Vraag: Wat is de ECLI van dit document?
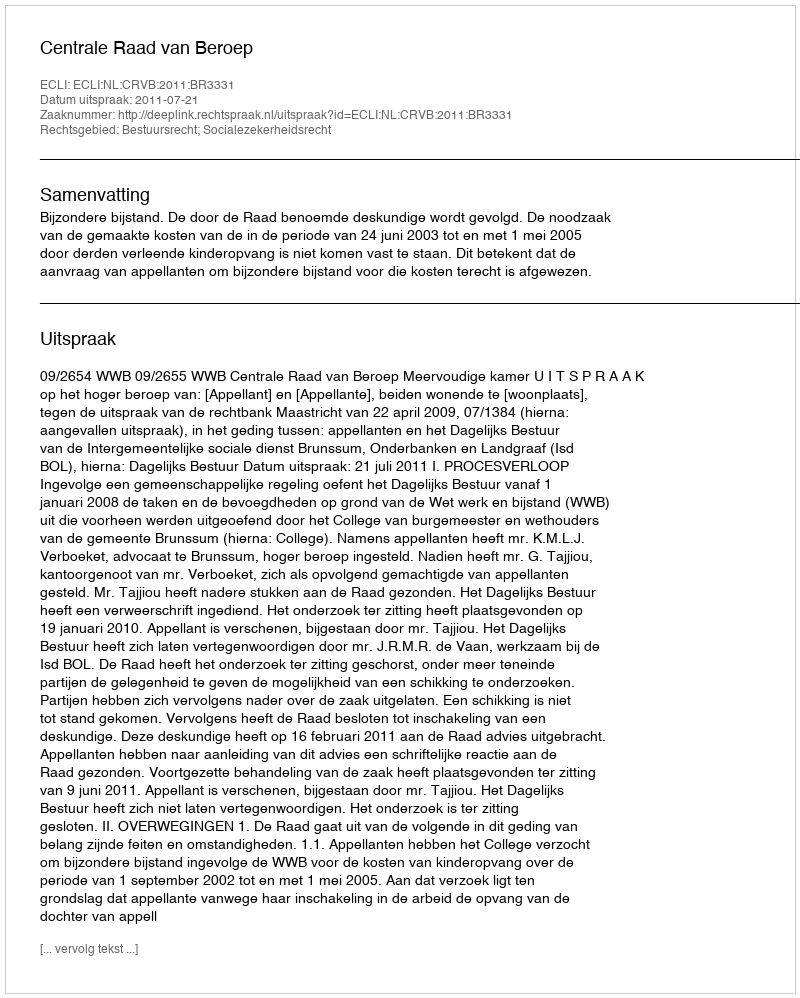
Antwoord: ECLI:NL:CRVB:2011:BR3331